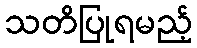
သတိပြုရမည့်